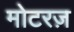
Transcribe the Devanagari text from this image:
मोटरज़